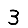
Digit: 3